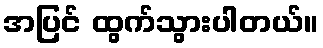
အပြင် ထွက်သွားပါတယ်။